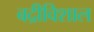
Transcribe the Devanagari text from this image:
बद्रीविशाल